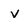
Character: v